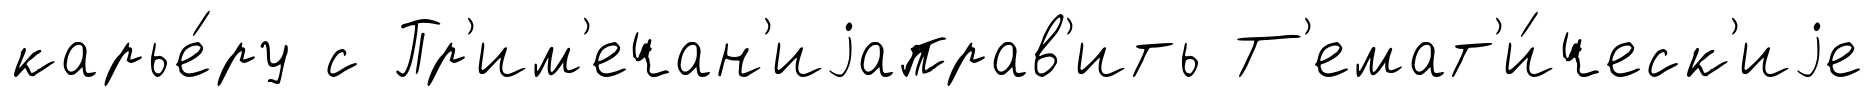
карье́ру с Пр'им'ечан'иjаправ'ить Т'емат'и́ческ'иjе